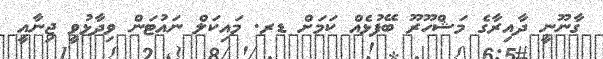
ގާނޫނީ ދާއިރާގެ މަޝްހޫރޫ ބޭފުޅެއް ކަމަށް ޑރ. މައިކަލް ނައުޓަން ވިދާޅުވީ ޖިނާއީ